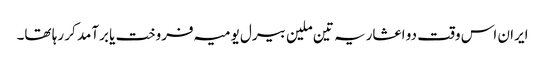
ایران اس وقت دو اعشاریہ تین ملین بیرل یومیہ فروخت یا برآمد کر رہا تھا۔